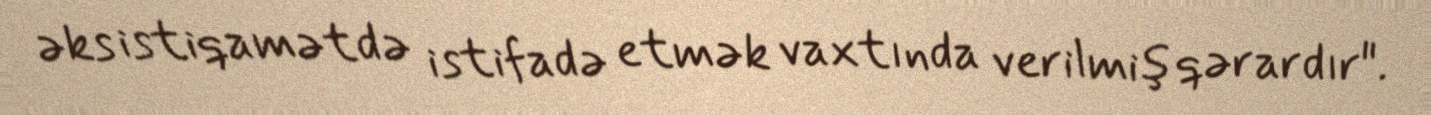
əks istiqamətdə istifadə etmək vaxtında verilmiş qərardır".